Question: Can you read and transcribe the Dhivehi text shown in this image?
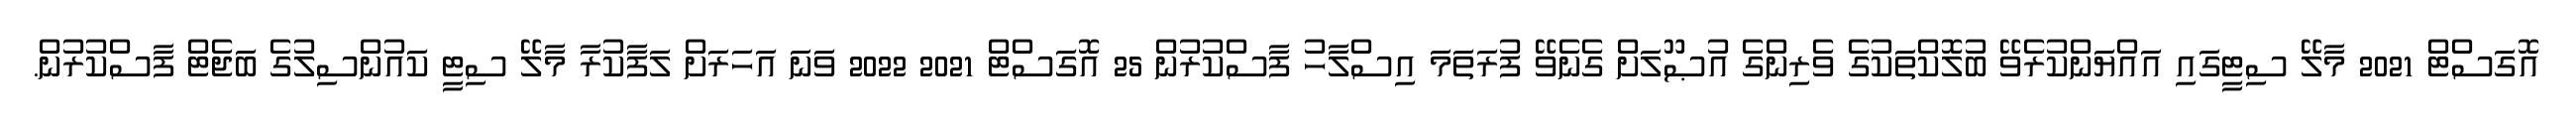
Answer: އޮގަސްޓް 2021 މާލޭ ސިޓީގައި އައްޔަންކުރެވޭ ބުލޮކްތަކުގެ ވެރިންގެ އުޞޫލަށް ގެނެވޭ ފުރަތަމަ އިސްލާހު ފާސްކުރުން 25 އޮގަސްޓް 2021 2022 ވަނަ އަހަރަށް ލަފާކުރާ މާލޭ ސިޓީ ކައުންސިލުގެ ބަޖެޓް ފާސްކުރުން.